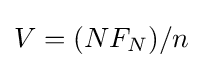
V=(NF_{N})/n